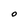
Character: O